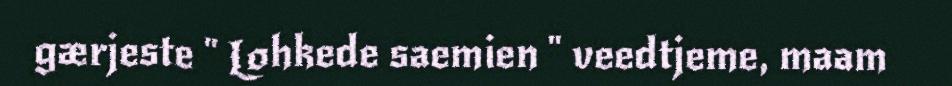
gærjeste " Lohkede saemien " veedtjeme, maam